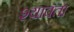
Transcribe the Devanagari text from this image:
श्यावता